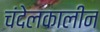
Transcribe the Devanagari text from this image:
चंदेलकालीन